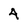
Character: 4